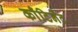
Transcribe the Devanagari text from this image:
काँटिनेंट